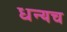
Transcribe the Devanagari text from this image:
धन्यच